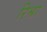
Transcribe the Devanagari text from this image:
रिश्रा